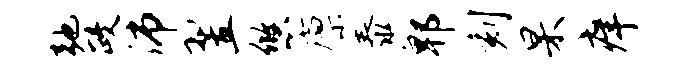
弛政沛翌悠廪泰郫刻杲痒